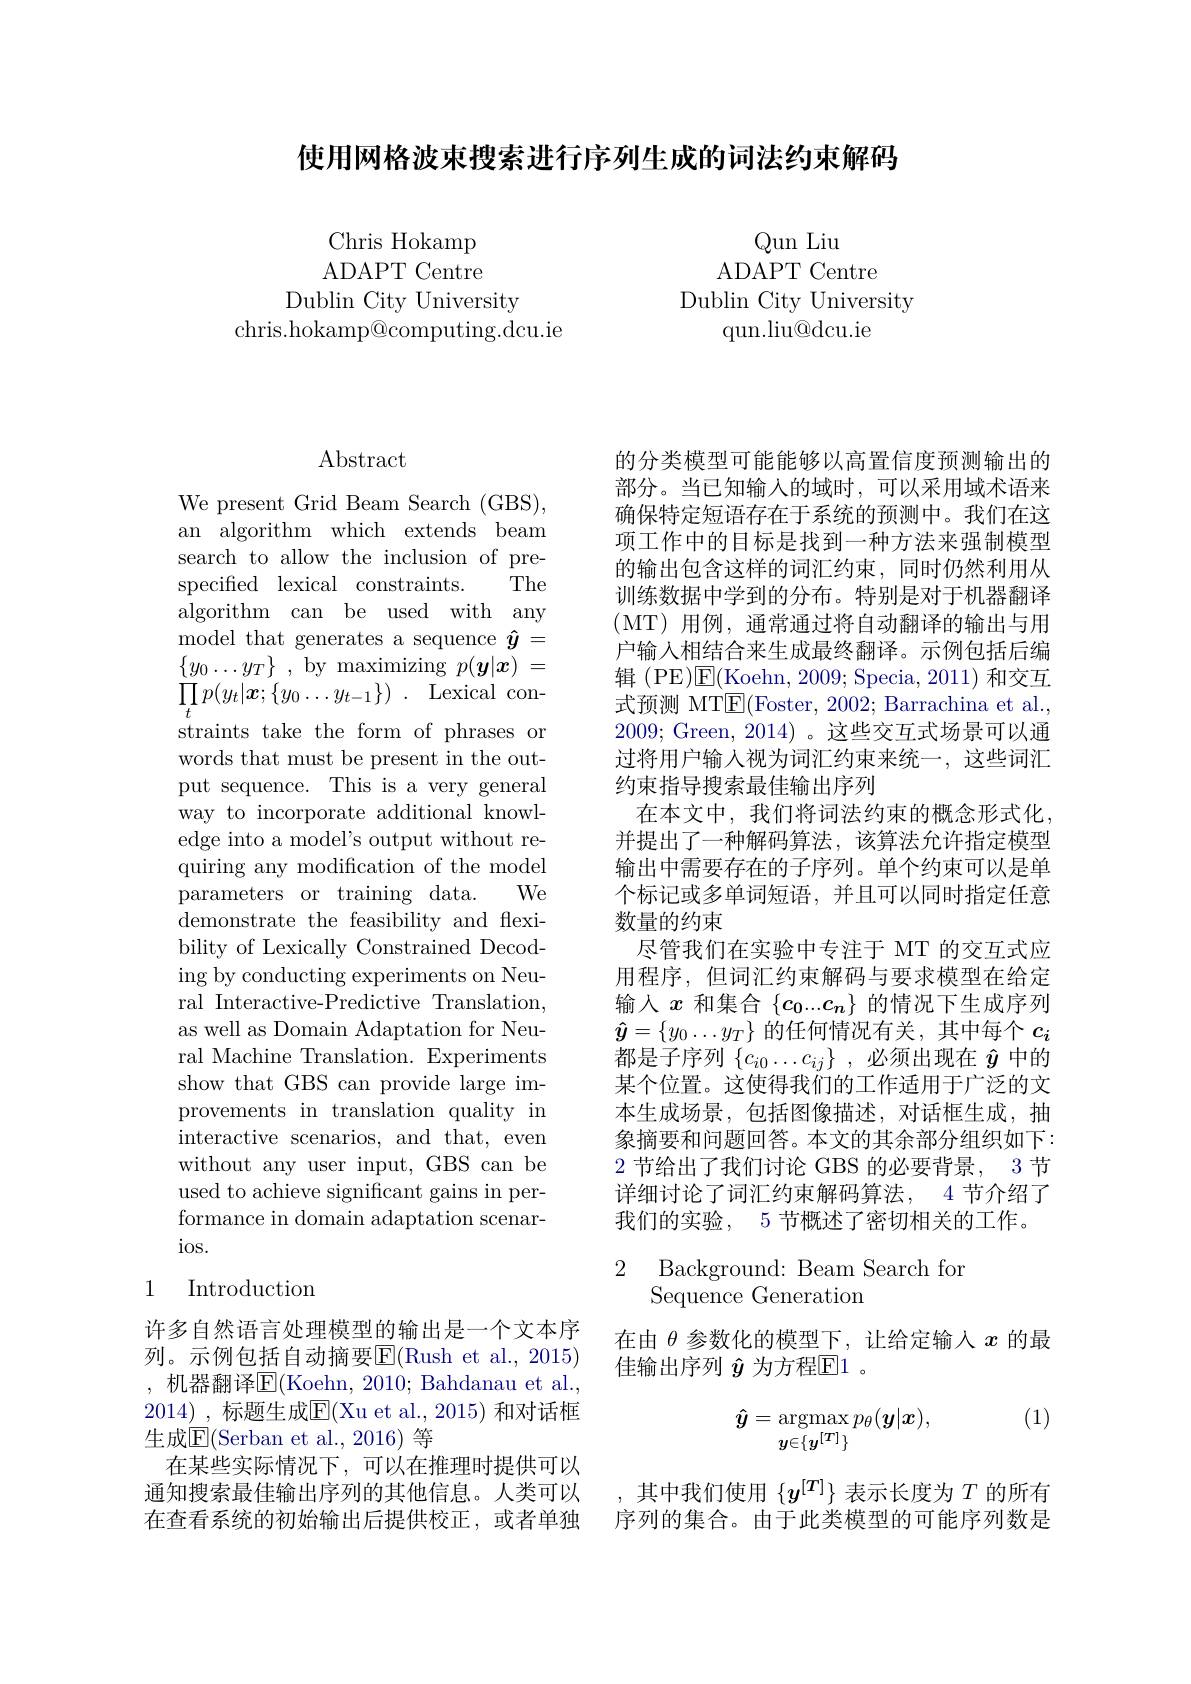
使用网格波束搜索进行序列生成的词法约束解码

Qun Liu
ADAPT Centre
Dublin City University
qun.liu@dcu.ie

Chris Hokamp ADAPT Centre
Dublin City University
chris.hokamp@computing.dcu.ie

## $\operatorname{Abstract}$

We present Grid Beam Search (GBS), an algorithm which extends beam search to allow the inclusion of prespecified lexical constraints. The algorithm can be used with any model that generates a sequence $\hat{y}=$ $\{ y_{0}\ldots y_{T}\}$ , by maximizing $p( \boldsymbol{y}| \boldsymbol{x})$ = $\prod _{t}p( y_{t}| \boldsymbol{x}; \{ y_{0}\ldots y_{t- 1}\} )$ . Lexical constraints take the form of phrases or words that must be present in the output sequence. This is a very general way to incorporate additional knowledge into a model's output without requiring any modification of the model parameters or training data. We demonstrate the feasibility and flexibility of Lexically Constrained Decoding by conducting experiments on Neural Interactive-Predictive Translation, as well as Domain Adaptation for Neural Machine Translation. Experiments show that GBS can provide large improvements in translation quality in interactive scenarios, and that, even without any user input, GBS can be used to achieve significant gains in performance in domain adaptation scenarios.
1 Introduction

许多自然语言处理模型的输出是一个文本序列。示例包括自动摘要$\overline{\mathrm{E}}($Rush et al.,2015) ,机器翻译$\mathbb{E}($Koehn, 2010; Bahdanau et al., 2014) ,标题生成$\mathbb{E}($Xu et al.,2015) 和对话框生成$\overline{\mathrm{E}}($Serban et al., 2016) 等
在某些实际情况下，可以在推理时提供可以通知搜索最佳输出序列的其他信息。人类可以在查看系统的初始输出后提供校正，或者单独

的分类模型可能能够以高置信度预测输出的部分。当已知输入的域时，可以采用域术语来确保特定短语存在于系统的预测中。我们在这项工作中的目标是找到一种方法来强制模型的输出包含这样的词汇约束，同时仍然利用从训练数据中学到的分布。特别是对于机器翻译(MT)用例，通常通过将自动翻译的输出与用户输入相结合来生成最终翻译。示例包括后编辑 (PE)$\overline{\mathrm{E}}($Koehn, 2009; Specia, 2011) 和交互式预测 MT$\underline{\mathrm{E}}($Foster, 2002; Barrachina et al., 2009; Green, 2014) 。这些交互式场景可以通过将用户输人视为词汇约束来统一，这些词汇约束指导搜索最佳输出序列
在本文中，我们将词法约束的概念形式化， 并提出了一种解码算法，该算法允许指定模型输出中需要存在的子序列。单个约束可以是单个标记或多单词短语，并且可以同时指定任意数量的约束
尽管我们在实验中专注于 MT 的交互式应用程序，但词汇约束解码与要求模型在给定输入$x$和集合$\{c_0...c_n\}$的情况下生成序列$\hat{\boldsymbol{y}}=\{y_0\ldots y_T\}$的任何情况有关，其中每个$c_i$ 都是子序列$\{c_i0\ldots c_{ij}\}$ ,必须出现在$\hat{y}$中的某个位置。这使得我们的工作适用于广泛的文本生成场景，包括图像描述，对话框生成，抽象摘要和问题回答。本文的其余部分组织如下： 2节给出了我们讨论 GBS 的必要背景，3 节详细讨论了词汇约束解码算法，4 节介绍了我们的实验，5 节概述了密切相关的工作。

### 2 Background: Beam Search fon Sequence Generation

在由$\theta$参数化的模型下，让给定输入$x$的最
佳输出序列 $\hat{y}$ 为方程$\mathbb{E}1$ 。

(1)
$$\hat{\boldsymbol{y}}=\underset{y\in\{y^{[T]}\}}{\operatorname*{argmax}}p_\theta(\boldsymbol{y}|\boldsymbol{x}),$$
,其中我们使用$\{y^[T]\}$表示长度为$T$的所有序列的集合。由于此类模型的可能序列数是